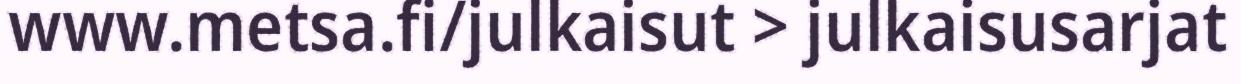
www.metsa.fi/julkaisut > julkaisusarjat